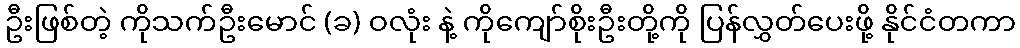
ဦးဖြစ်တဲ့ ကိုသက်ဦးမောင် (ခ) ဝလုံး နဲ့ ကိုကျော်စိုးဦးတို့ကို ပြန်လွှတ်ပေးဖို့ နိုင်ငံတကာ